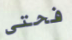
فحتى